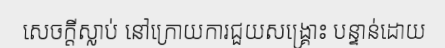
សេចក្តីស្លាប់ នៅក្រោយការជួយសង្គ្រោះ បន្ទាន់ដោយ